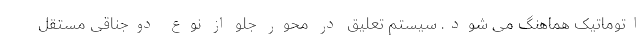
اتوماتیک هماهنگ می شود. سیستم تعلیق در محور جلو از نوع دوجناقی مستقل